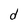
Character: d